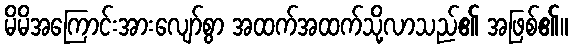
မိမိအကြောင်းအားလျော်စွာ အထက်အထက်သို့လာသည်၏ အဖြစ်၏။